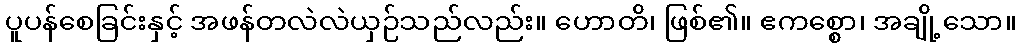
ပူပန်စေခြင်းနှင့် အဖန်တလဲလဲယှဉ်သည်လည်း။ ဟောတိ၊ ဖြစ်၏။ ဧကစ္စော၊ အချို့သော။